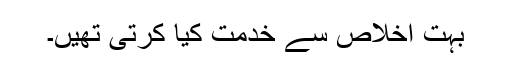
بہت اخلاص سے خدمت کیا کرتی تھیں۔